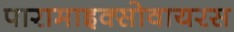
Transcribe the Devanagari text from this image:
पारामाइक्सोवायरस